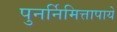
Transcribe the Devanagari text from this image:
पुनर्निमित्तापाये